Lunatic asylums Bombay report 1891-1903 - 1891-1903
Year: 1891
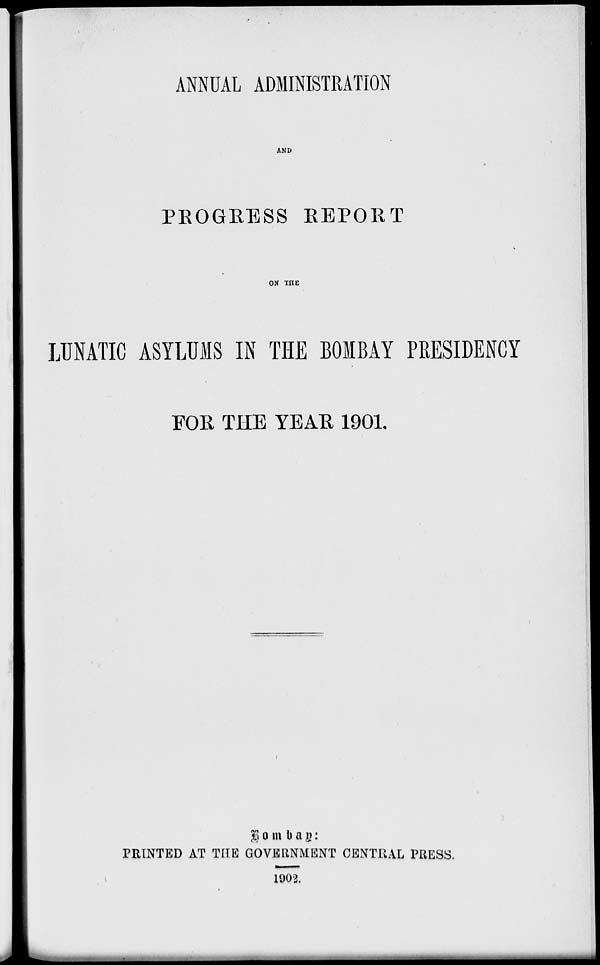
ANNUAL ADMINISTRATION
AND
PROGRESS REPORT
ON THE
LUNATIC ASYLUMS IN THE BOMBAY PRESIDENCY
FOR THE YEAR 1901.
Bombay
:
PRINTED AT THE GOVERNMENT CENTRAL PRESS.
1902.